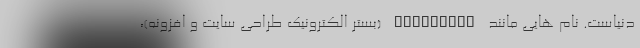
دنیاست. نام هایی مانند WordPress (بستر الکترونیک طراحی سایت و افزونه)،